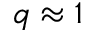
q \approx 1